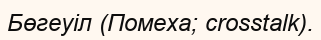
Бөгеуіл (Помеха; crosstalk).